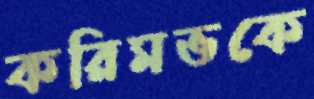
করিমভকে